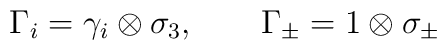
\Gamma _i = \gamma _i \otimes \sigma _3, \qquad\Gamma _\pm  = 1 \otimes \sigma _\pm